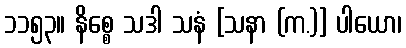
၁၁၅၃။ နိစ္စေ သဒါ သနံ [သနာ (က.)] ပါယော၊